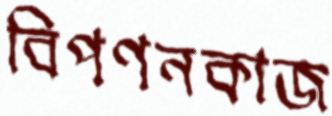
বিপণনকাজ